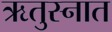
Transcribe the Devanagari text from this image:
ऋतुस्नात